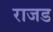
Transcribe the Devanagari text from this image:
राजड